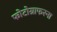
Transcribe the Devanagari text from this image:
फोटोग्राफरना